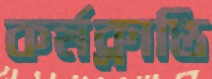
কর্মক্লান্তি